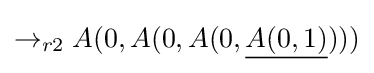
\rightarrow _{r2}A(0,A(0,A(0,{\underline {A(0,1)}})))